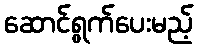
ဆောင်ရွက်ပေးမည့်